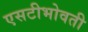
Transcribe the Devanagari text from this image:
एसटीभोवती